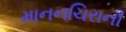
માનનચિરાની